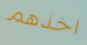
اخذهم